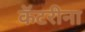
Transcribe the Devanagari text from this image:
कॅटरीना